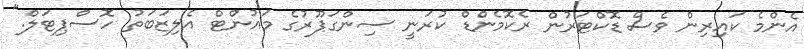
އެންމެ ކައިރިން ވެސް ޑޮކްޓަރުން ރެކޮމެންޑް ކުރަނީ ސިންގަޕޫރުގެ މައުންޓް އެލިޒަބަތު ހޮސްޕިޓަލް."